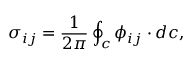
\sigma _ { i j } = \frac { 1 } { 2 \pi } \oint _ { c } \phi _ { i j } \cdot d c ,